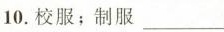
10.校服；制服___